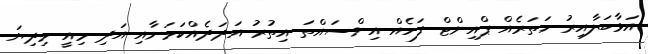
އަޅާބަލާއިރު ހަތަރެއް ޕްއިންޓް ފަހެއް އިންސައްތަ އިތުރު އަދަދެއްކަމަށާއި އަދި މިއީ މިދިޔަ